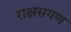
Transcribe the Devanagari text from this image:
राक्षसगण